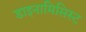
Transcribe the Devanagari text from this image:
डाइनामिसिस्ट